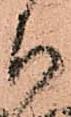
ち